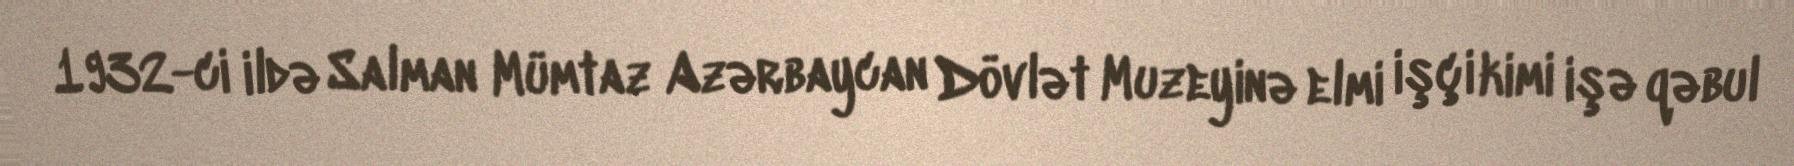
1932-ci ildə Salman Mümtaz Azərbaycan Dövlət Muzeyinə elmi işçi kimi işə qəbul